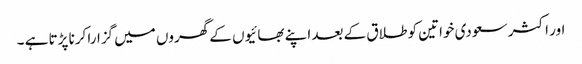
اور اکثر سعودی خواتین کو طلاق کے بعد اپنے بھائیوں کے گھروں میں گزارا کرنا پڑتا ہے ۔